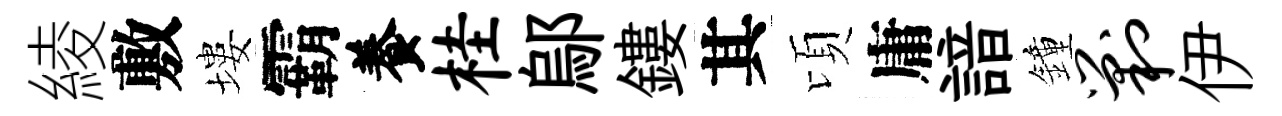
綾敷塿霸養桂鄔鏤其頃庸諳鐘剿伊